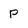
Character: P